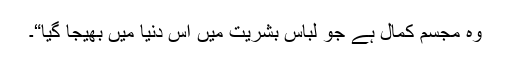
وہ مجسم کمال ہے جو لباسِ بشریت میں اس دنیا میں بھیجا گیا“۔